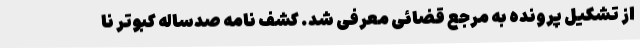
از تشکیل پرونده به مرجع قضائی معرفی شد. کشف نامه‌ صدساله کبوتر نا